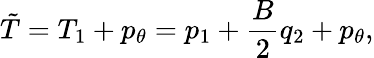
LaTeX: \tilde{T}=T_{1}+p_{\theta}=p_{1}+\frac{B}{2}q_{2}+p_{\theta},